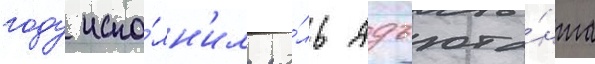
году испо́лн'ил ро́ль адъюта́нта